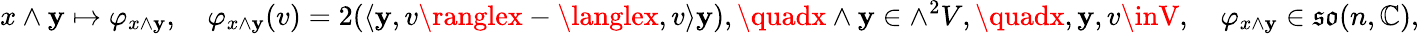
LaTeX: x\wedge\mathbf{y}\mapsto\varphi_{x\wedge\mathbf{y}},\quad\varphi_{x\wedge\mathbf{y}}(v)=2(\langle\mathbf{y},v\ranglex-\langlex,v\rangle\mathbf{y}),\quadx\wedge\mathbf{y}\in\wedge^{2}V,\quadx,\mathbf{y},v\inV,\quad\varphi_{x\wedge\mathbf{y}}\in{\mathfrak{{so}}}(n,\mathbb{{C}}),